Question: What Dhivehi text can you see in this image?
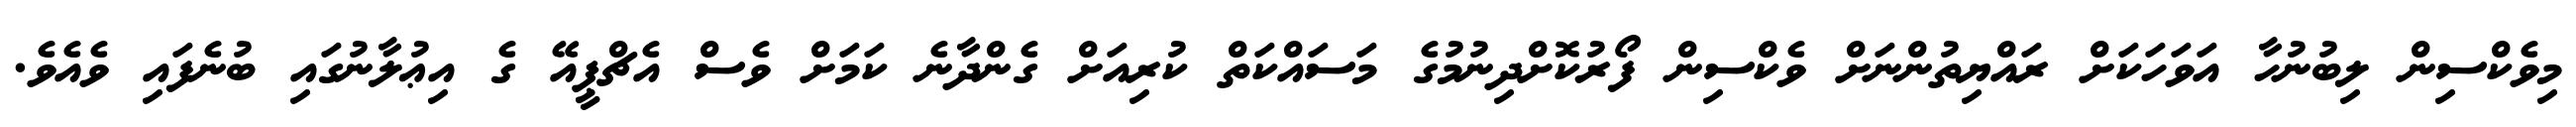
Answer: މިވެކްސިން ލިބުނުހާ އަވަހަކަށް ރައްޔިތުންނަށް ވެކްސިން ފޯރުކޮށްދިނުމުގެ މަސައްކަތް ކުރިއަށް ގެންދާނެ ކަމަށް ވެސް އެޗްޕީއޭ ގެ އިޢުލާނުގައި ބުނެފައި ވެއެވެ.